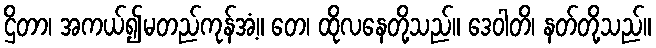
ဌိတာ၊ အကယ်၍မတည်ကုန်အံ့။ တေ၊ ထိုလနေတို့သည်။ ဒေဝါတိ၊ နတ်တို့သည်။